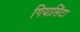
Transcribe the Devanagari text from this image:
गियासिंटा